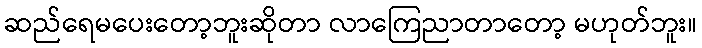
ဆည်ရေမပေးတော့ဘူးဆိုတာ လာကြေညာတာတော့ မဟုတ်ဘူး။